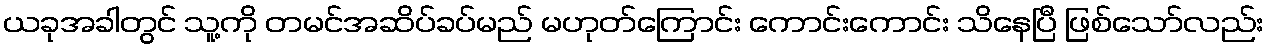
ယခုအခါတွင် သူ့ကို တမင်အဆိပ်ခပ်မည် မဟုတ်ကြောင်း ကောင်းကောင်း သိနေပြီ ဖြစ်သော်လည်း